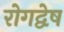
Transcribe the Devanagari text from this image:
रोगद्वेष